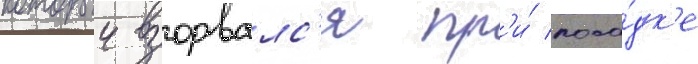
которыи взорвалс'я пр'и́ поса́дк'е